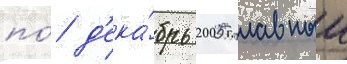
по́ д'ека́брь 2005 главныи